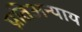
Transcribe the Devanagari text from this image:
प्रतिअन्याय